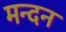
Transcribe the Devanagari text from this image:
मन्दन